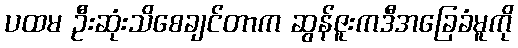
ပထမ ဦးဆုံးသိစေချင်တာက ဆွန်ဇူးကဒီအခြေခံမူကို